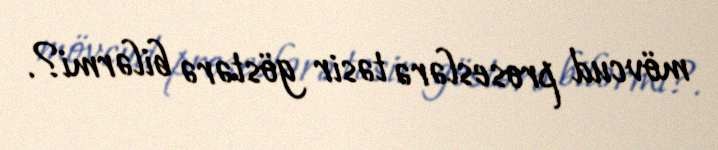
mövcud proseslərə təsir göstərə bilərmi?.